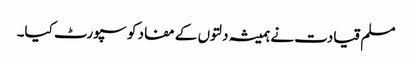
مسلم قیادت نے ہمیشہ دلتوں کے مفاد کو سپورٹ کیا۔